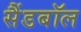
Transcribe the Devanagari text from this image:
सैंडबॉल